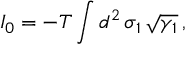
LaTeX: I _ { 0 } = - T \int d ^ { 2 } \, \sigma _ { 1 } \, \sqrt { \gamma _ { 1 } } \, ,